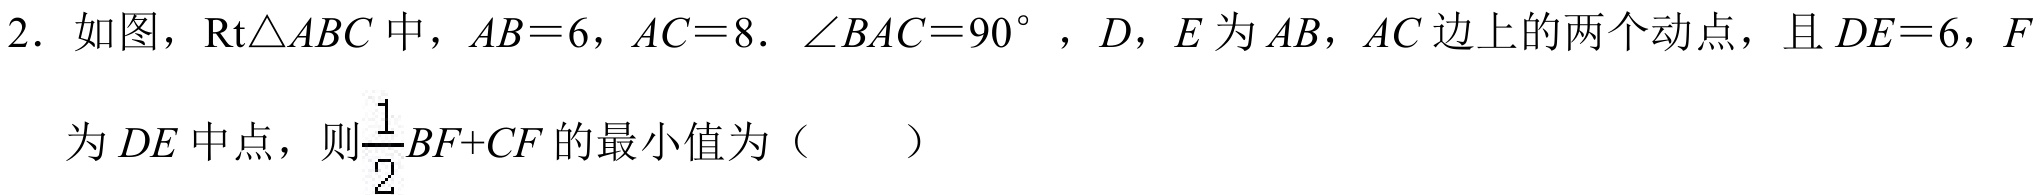
2. 如图，\(\text{Rt}\triangle ABC\)中，\(AB = 6\)，\(AC = 8\). \(\angle BAC = 90^{\circ}\)，\(D\)，\(E\)为\(AB\)，\(AC\)边上的两个动点，且\(DE = 6\)，\(F\)为\(DE\)中点，则\(\dfrac{1}{2}BF + CF\)的最小值为（  ）